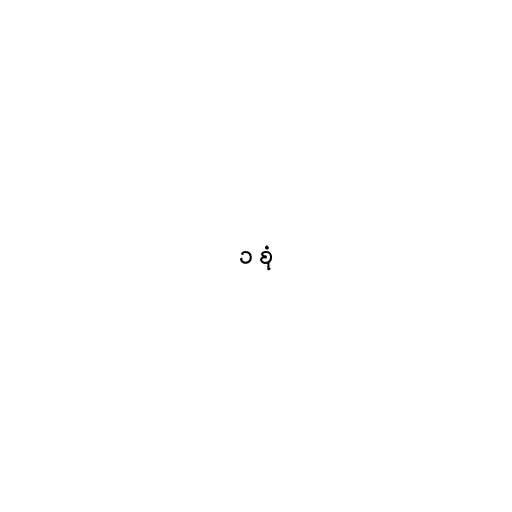
၁ စုံ